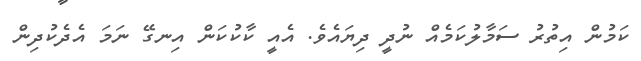
ކަމުން އިތުރު ސަމާލުކަމެއް ނުދީ ދިޔައެވެ. އެއީ ކާކުކަން އިނގޭ ނަމަ އެދެކުދިން